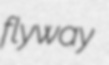
flyway